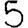
Digit: 5